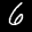
Label: 6